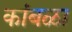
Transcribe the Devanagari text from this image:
कांबळा